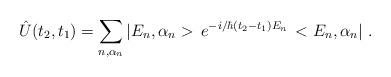
LaTeX: \begin{align*}\hat{U}(t_2,t_1)=\sum_{n,\alpha_n}|E_n,\alpha_n>\,e^{-i/\hbar(t_2-t_1)E_n}\,<E_n,\alpha_n|\ .\end{align*}